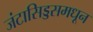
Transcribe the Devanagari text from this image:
जंटासिड्डसमधून